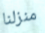
منزلنا